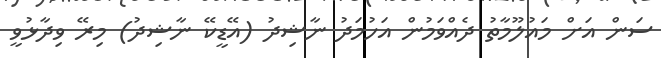
ސަން އަށް މައުލޫމާތު ދެއްވަމުން އަހުމަދު ނާޝިދު (އޭޑީކޭ ނާޝިދު) މިރޭ ވިދާޅުވީ